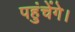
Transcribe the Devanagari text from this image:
पहुंचेंगे।